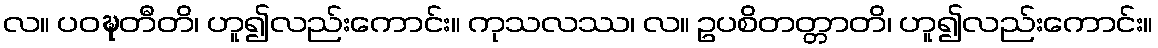
လ။ ပဝဍ္ဎတီတိ၊ ဟူ၍လည်းကောင်း။ ကုသလဿ၊ လ။ ဥပစိတတ္တာတိ၊ ဟူ၍လည်းကောင်း။